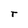
Character: T